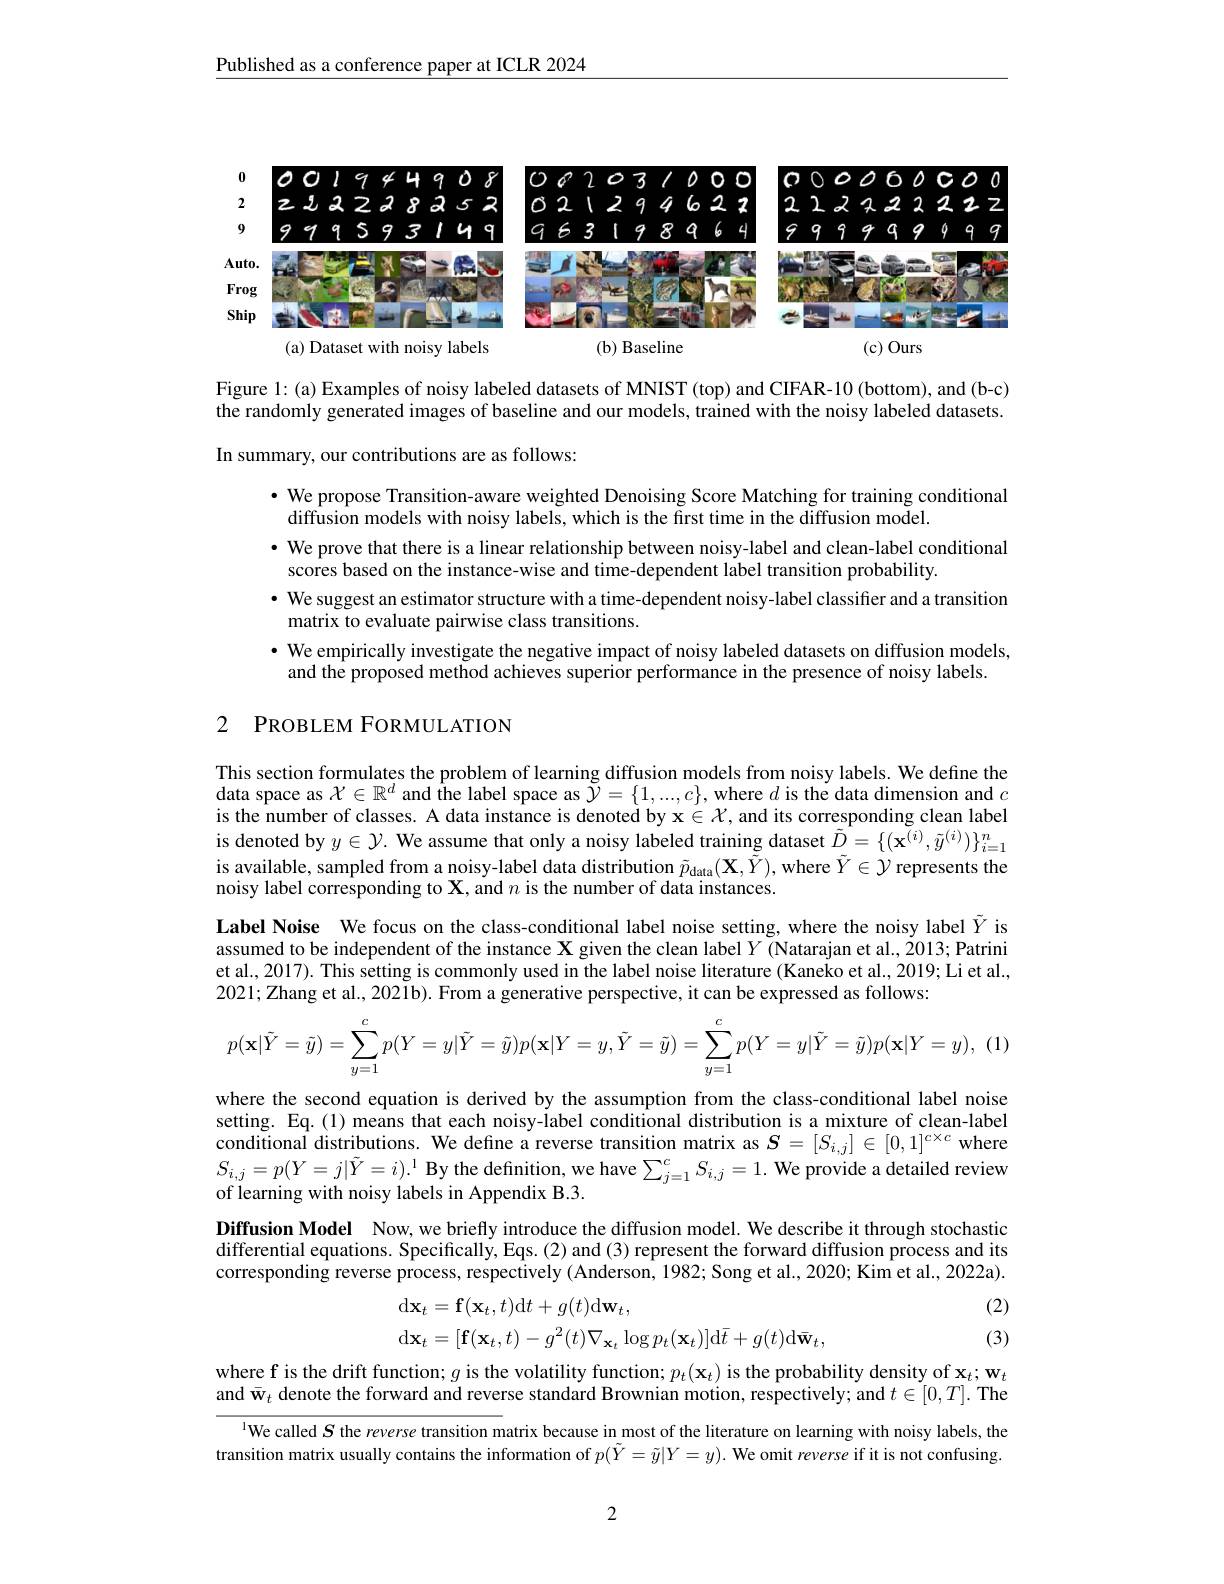
$\underline{\text{Published as a conference paper at ICLR 2024}}$

<FigureHere>

Figure 1: (a) Examples of noisy labeled datasets of MNIST (top) and CIFAR-10 (bottom), and (b-c) the randomly generated images of baseline and our models, trained with the noisy labeled datasets. In summary, our contributions are as follows:

$\bullet$ We propose Transition-aware weighted Denoising Score Matching for training conditional
$\hat{\text{diffusion models with noisy labels, which is the first time in the diffusion model.}}$
· We prove that there is a linear relationship between noisy-label and clean-label conditional
scores based on the instance-wise and time-dependent label transition probability.
$\bullet$ We suggest an estimator structure with a time-dependent noisy-label classifier and a transition
matrix to evaluate pairwise class transitions.
$\bullet$ We empirically investigate the negative impact of noisy labeled datasets on diffusion models,
and the proposed method achieves superior performance in the presence of noisy labels.

## 2 PROBLEM FORMULATION

This section formulates the problem of learning diffusion models from noisy labels. We define the data space as $\mathcal{X}\in\mathbb{R}^d$ and the label space as $\tilde{\mathcal{Y}}=\{1,...,c\}$,where $d$ is the data dimension and $c$ is the number of classes. A data instance is denoted by $\mathbf{x}\in\mathcal{X}$, and its corresponding clean label is denoted by $y\in\mathcal{Y}.$ We assume that only a noisy labeled training dataset $\tilde{D}=\{(\tilde{\mathbf{x}}^{(i)},\tilde{y}^{(i)})\}_{i=1}^n$ is available, sampled from a noisy-label data distribution $\tilde{p} _{\mathrm{data}}( \mathbf{X} , \tilde{Y} ) $, where $\tilde{Y}\in\mathcal{Y}$ represents the noisy label corresponding to $\mathbf{X} , \dot {\text{and}n\text{ is the number of data instances. }}$
Label Noise We focus on the class-conditional label noise setting, where the noisy label $\tilde{Y}$ is assumed to be independent of the instance $\mathbf{X}$ given the clean label $Y$ (Natarajan et al., 2013; Patrini et al., 2017). This setting is commonly used in the label noise literature (Kaneko et al., 2019; Li et al., 2021; Zhang et al., 2021b). From a generative perspective, it can be expressed as follows:
$$p(\mathbf{x}|\bar{Y}=\bar{y})=\sum_{y=1}^{c}p(Y=y|\bar{Y}=\bar{y})p(\mathbf{x}|Y=y,\bar{Y}=\bar{y})=\sum_{y=1}^{c}p(Y=y|\bar{Y}=\bar{y})p(\mathbf{x}|Y=y),\:(1$$
where the second equation is derived by the assumption from the class-conditional label noise setting. Eq.(1) means that each noisy-label conditional distribution is a mixture of clean-label conditional distributions. We define a reverse transition matrix as $S=[S_{i,j}]\in[0,1]^{c\times c}$ where $S_{i,j}=p(Y=j|\tilde{Y}=i).^{1}$ By the definition, we have $\sum_j=1^cS_{i,j}=1.$ We provide a detailed review of learning with noisy labels in Appendix B.3.
Diffusion Model Now, we briefly introduce the diffusion model. We describe it through stochastic differential equations. Specifically, Eqs. (2) and (3) represent the forward diffusion process and its corresponding reverse process, respectively (Anderson, 1982; Song et al., 2020; Kim et al., 2022a).
(2)
$$\begin{aligned}&\mathrm{d}\mathbf{x}_{t}=\mathbf{f}(\mathbf{x}_{t},t)\mathrm{d}t+g(t)\mathrm{d}\mathbf{w}_{t},\\&\mathrm{d}\mathbf{x}_{t}=[\mathbf{f}(\mathbf{x}_{t},t)-g^{2}(t)\nabla_{\mathbf{x}_{t}}\log p_{t}(\mathbf{x}_{t})]\mathrm{d}\bar{t}+g(t)\mathrm{d}\bar{\mathbf{w}}_{t},\end{aligned}$$
(3)

where f is the drift function; $g$ is the volatility function; $p_t(\mathbf{x}_t)$ is the probability density of $\mathbf{x}_t;\mathbf{w}_t$ and $\bar{\mathbf{w}}_t$ denote the forward and reverse standard Brownian motion, respectively; and $t\in[0,T].$ The
$^{\text{l}}$We called $S$ the reverse transition matrix because in most of the literature on learning with noisy labels, the transition matrix usually contains the information of $p(\tilde{Y}=\tilde{y}|Y=y).$ We omit reverse if it is not confusing

2